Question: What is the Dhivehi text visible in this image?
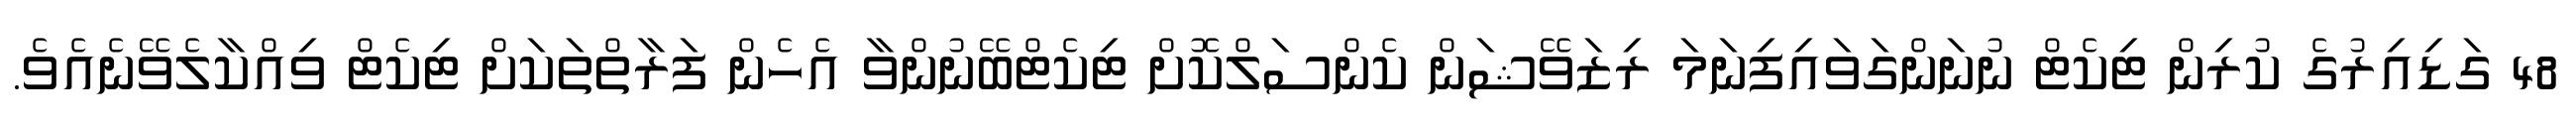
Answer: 48 ގަޑިއިރުގެ ކުރިން ޓިކެޓް ނުނަންގަވައިފިނަމަ ރިޒަވޭޝަން ކެންސަލްކޮށް ޓިކެޓްބޭނުންވާ އެހެން ފަރާތްތަކަށް ޓިކެޓް ވިއްކާލެވޭނެއެވެ.